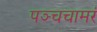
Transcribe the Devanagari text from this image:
पञ्चचामरं